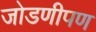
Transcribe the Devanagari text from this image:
जोडणीपण